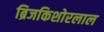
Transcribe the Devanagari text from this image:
ब्रिजकिशोरलाल